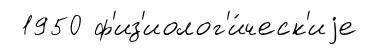
1950 ф'из'иолог'и́ческ'иjе